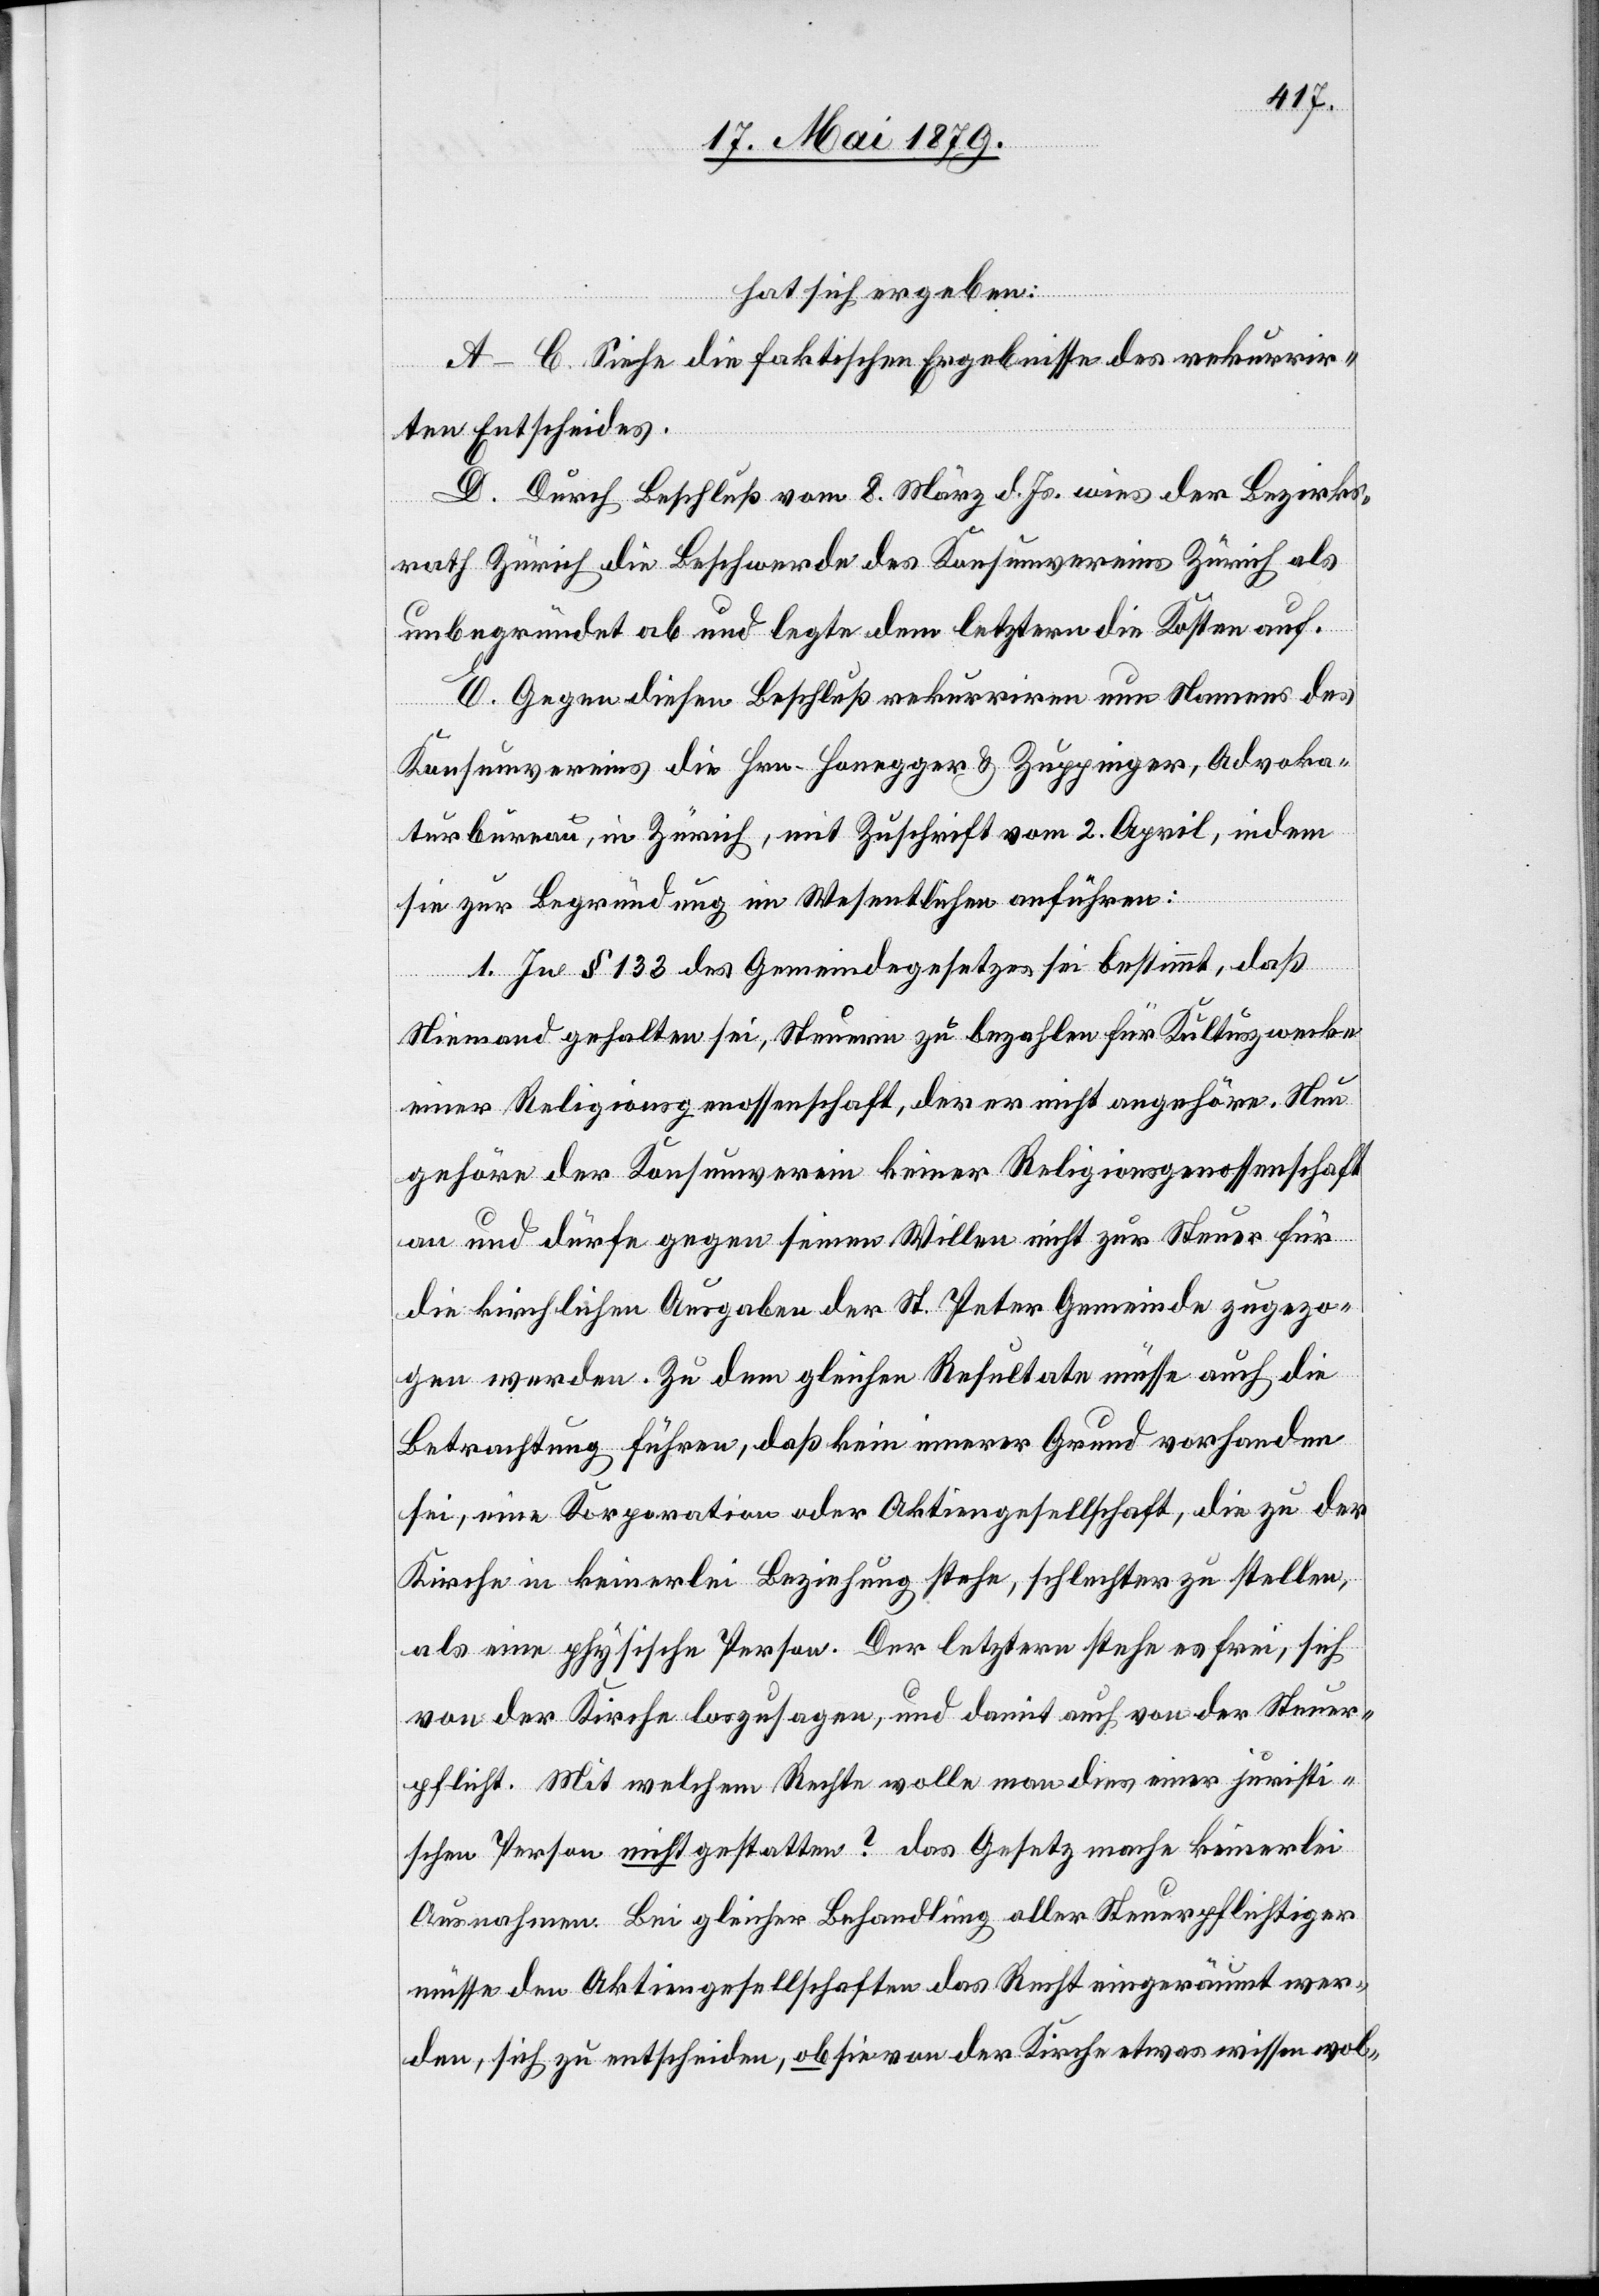
hat sich ergeben:
A–C. Siehe die faktischen Ergebnisse des rekurrir¬
ten Entscheides.
D. Durch Beschluß vom 8. März d. Js. wies der Bezirks¬
rath Zürich die Beschwerde des Konsumvereins Zürich als
unbegründet ab und legte dem letztern die Kosten auf.
E. Gegen diesen Beschluß rekurriren nun Namens des
Konsumvereins die Hrn. Honegger & Zuppinger, Advoka¬
turbureau, in Zürich, mit Zuschrift vom 2. April, indem
sie zur Begründung im Wesentlichen anführen:
1. In § 133 des Gemeindegesetzes sei bestimmt, daß
Niemand gehalten sei, Steuern zu bezahlen für Kultuszwecke
einer Religionsgenossenschaft, der er nicht angehöre. Nun
gehöre der Konsumverein keiner Religionsgenossenschaft
an und dürfe gegen seinen Willen nicht zur Steuer für
die kirchlichen Ausgaben der St. Peter Gemeinde zugezo¬
gen werden. Zu dem gleichen Resultate müsse auch die
Betrachtung führen, daß kein innerer Grund vorhanden
sei, eine Korporation oder Aktiengesellschaft, die zu der
Kirche in keinerlei Beziehung stehe, schlechter zu stellen,
als eine physische Person. Der letztern stehe es frei, sich
von der Kirche loszusagen, und damit auch von der Steuer¬
pflicht. Mit welchem Rechte wolle man dies einer juristi¬
schen Person nicht gestatten? das [sic!] Gesetz mache keinerlei
Ausnahmen. Bei gleicher Behandlung aller Steuerpflichtiger
müsse den Aktiengesellschaften das Recht eingeräumt wer¬
den, sich zu entscheiden, ob sie von der Kirche etwas wissen wol-